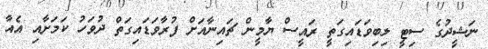
ނަޝީދުގެ ސިޓީ ލިބިވަޑައިގަތީ ރައީސް ޔާމީން ޗައިނާއަށް ފުރާވަޑައިގަތް ދުވަހު ކަމަށާއި އެއާ